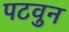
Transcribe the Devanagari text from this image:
पटवुन